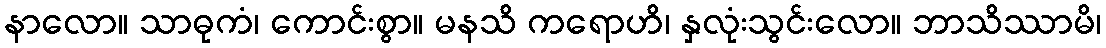
နာလော။ သာဓုကံ၊ ကောင်းစွာ။ မနသိ ကရောဟိ၊ နှလုံးသွင်းလော။ ဘာသိဿာမိ၊